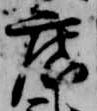
廣